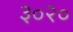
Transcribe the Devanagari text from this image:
३०२०